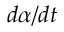
d \alpha / d t